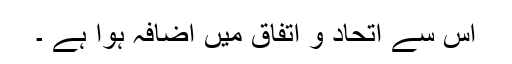
اس سے اتحاد و اتفاق میں اضافہ ہوا ہے ۔